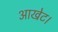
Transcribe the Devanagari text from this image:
आखेट।